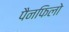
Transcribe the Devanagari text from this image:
पैनफिलो